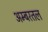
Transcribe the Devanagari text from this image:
अम्बरतल